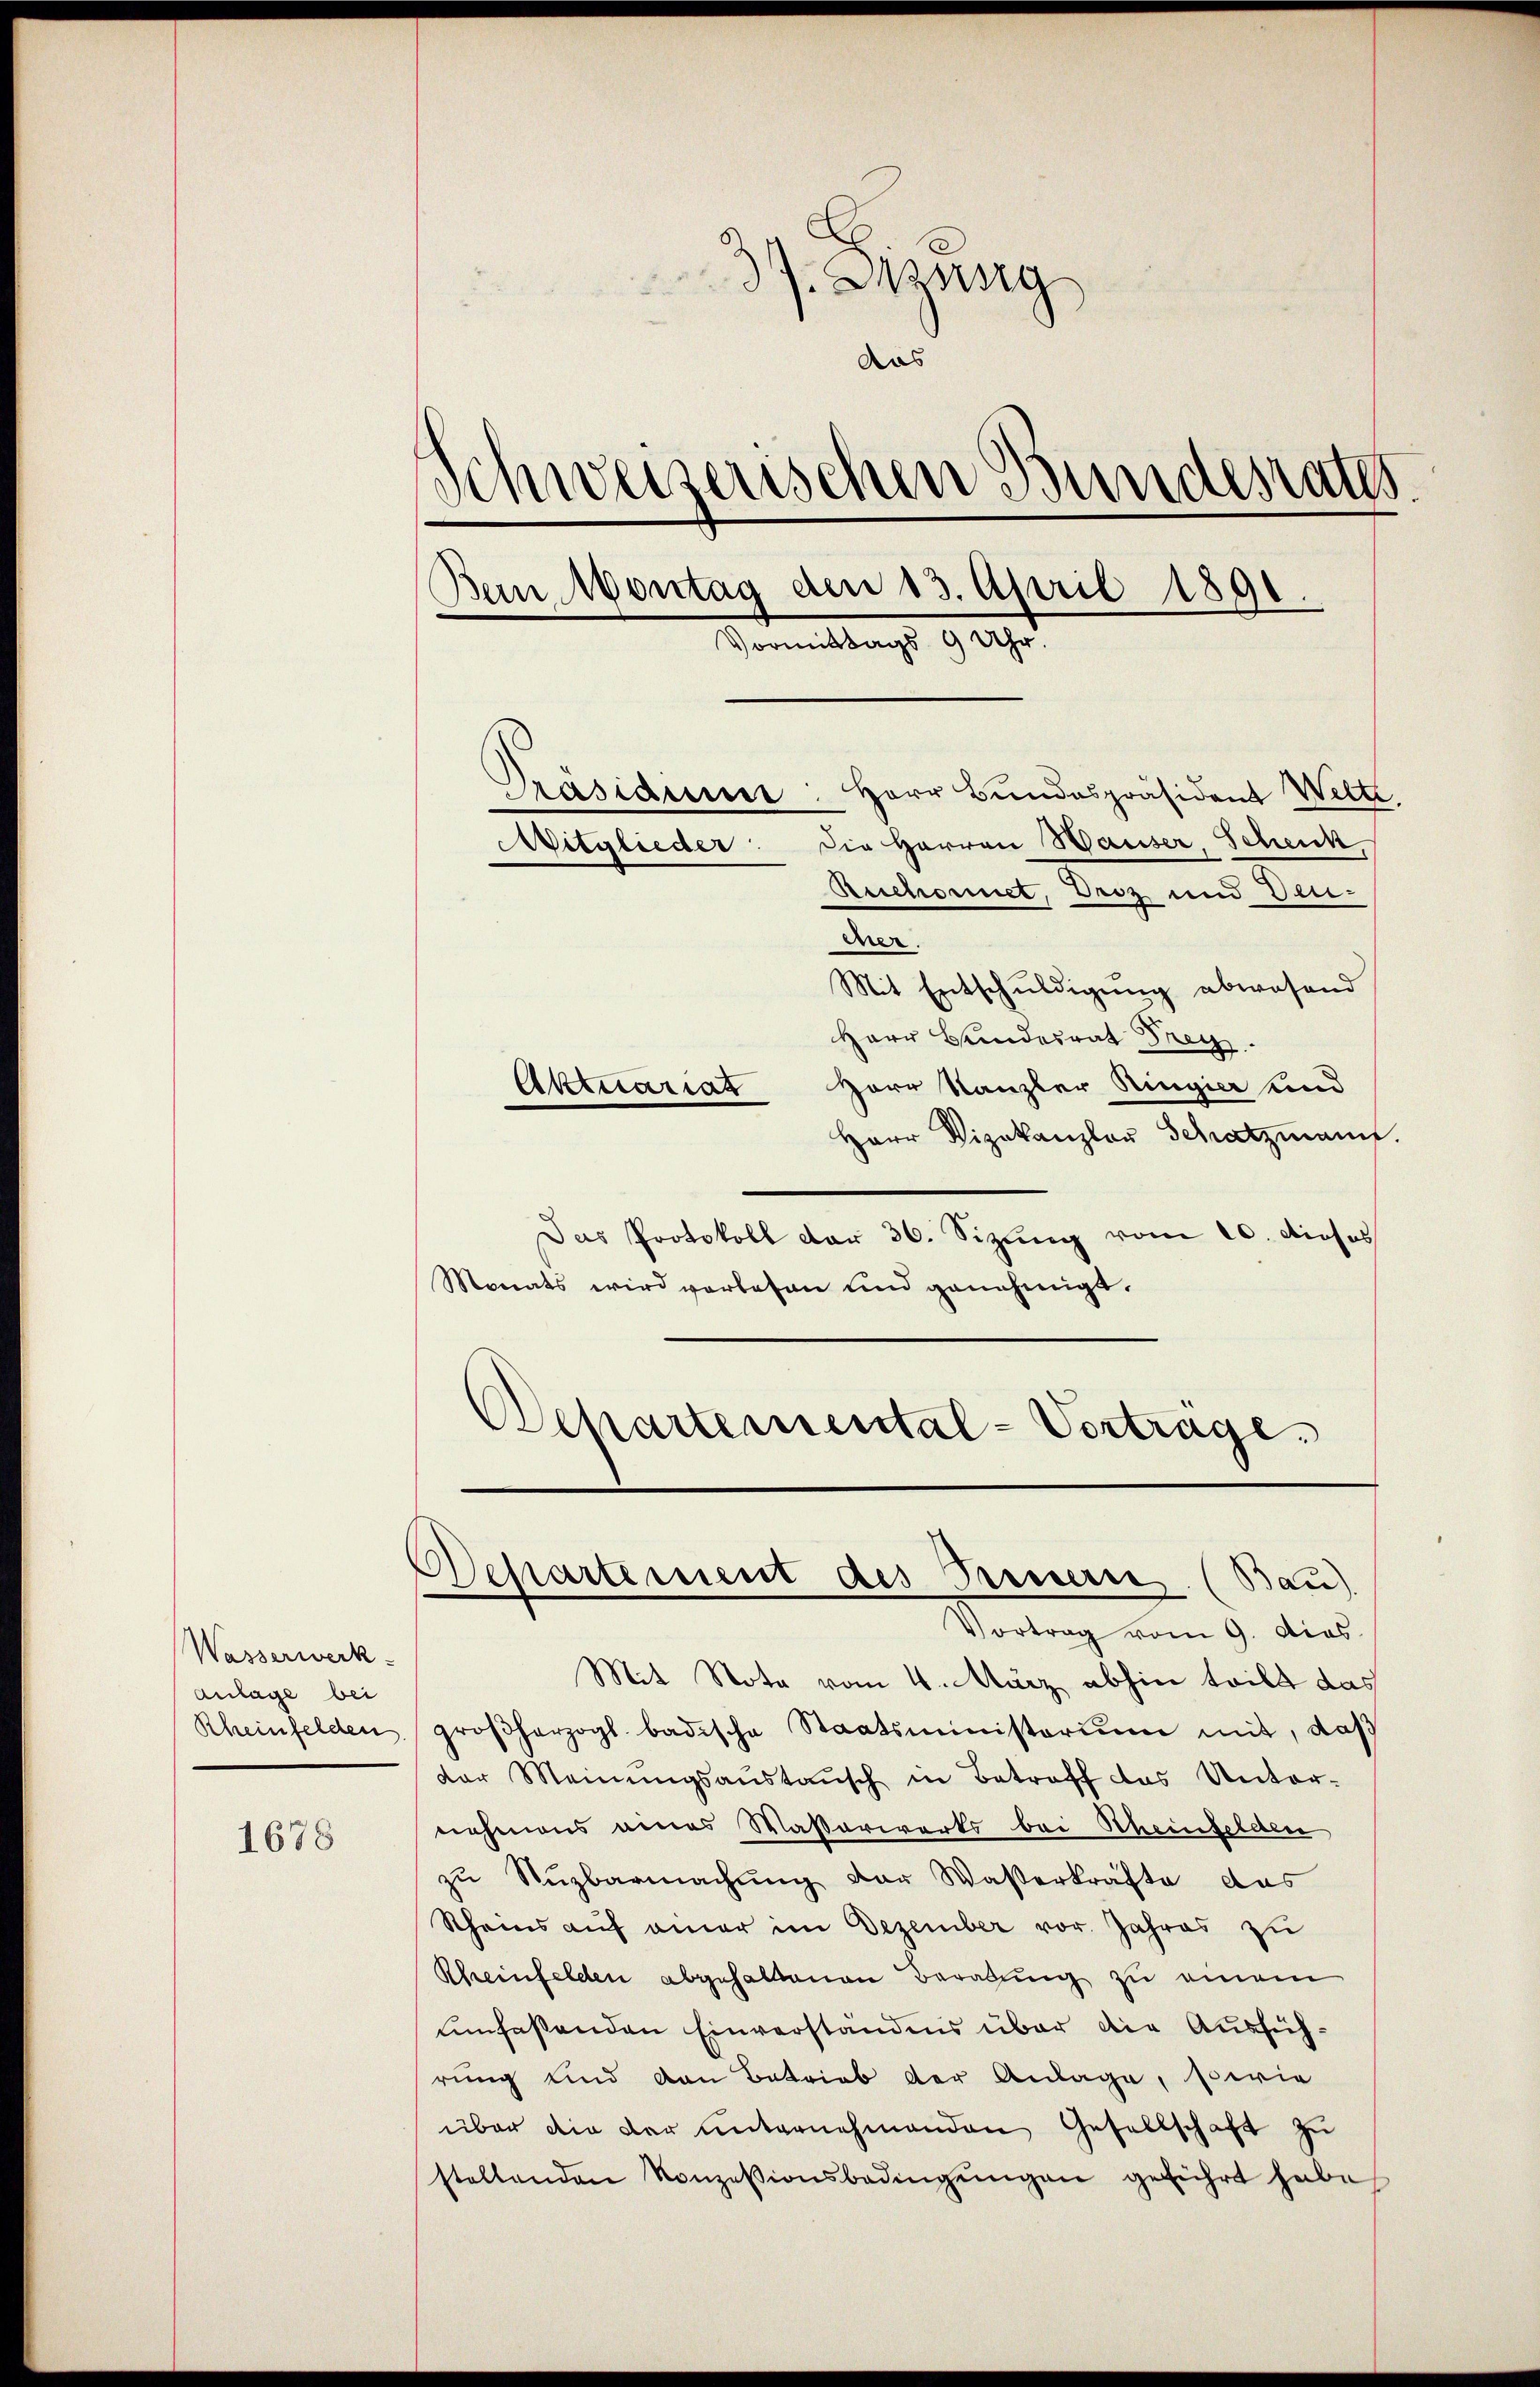
Wasserwerk-
anlage bei
Rheinfelden.

1678

37. Missig
das
Schweizerischen Bundesrath.
Bein Montag den 13. April 1891.
Vormittags 9 Uhr.
Pasiaume: Herr Bundespräsident Welte.
Die Herren Hauser Schenk
Mitglieder
Beschonnet, Droz und Ver-
Aen
Mit Entschuldigung abwesend
Herr Bundesrat Frey
Aktuariat Herr Kanzler Ringia und

Herr Vizekanzler Schatzmann.
Das Protokoll der 36. Sizung vom 10. dieses
Monats wird vorlesen und genehmigt.
Departemental-Vortrage

Mit Note vom 4. März abhin teilt das
großherzogl. badische Staatsministoriŭm mit, daß
der Meinŭngsaŭstaŭsch in Betreff das Unter-
nehmens eines Waßerwerks bei Scheinfelden
zŭ Nŭzbarmachŭng der Waßerkräfte das
Rheins auf einer im Dezember vor. Jahres zu
Rheinfelden abgehaltenen Beratung zu einem
umfassenden Einverständnis über die Ausführung und den Betrieb der Anlage, sowie
über die der unternehmenden Gesellschaft zu
stellenden Konzessionsbedingŭngen geführt habe

Departement des Fernern. (Bau).
Vortrag vom 9. dies